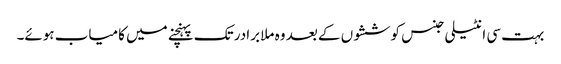
بہت سی انٹیلی جنس کوششوں کے بعد وہ ملا برادر تک پہنچنے میں کامیاب ہوئے۔